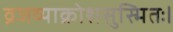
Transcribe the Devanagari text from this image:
व्रजव्याक्रोशसुस्मितः।